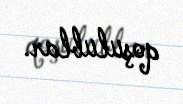
qoşulublar.